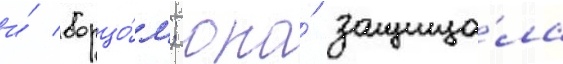
и́ борцо́м; она́ защища́ла